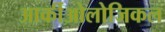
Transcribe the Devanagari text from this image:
आर्कीओलोजिकल